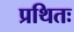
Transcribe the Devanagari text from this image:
प्रथितः